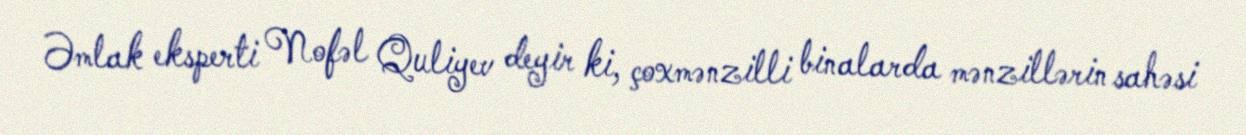
Əmlak eksperti Nofəl Quliyev deyir ki, çoxmənzilli binalarda mənzillərin sahəsi